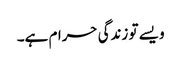
ویسے تو زندگی حرام ہے۔